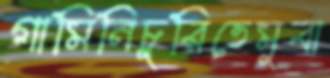
গামিনিচুরিতেমুবা